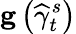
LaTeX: \mathbf{g}\left(\widehat{\gamma}_{t}^{s}\right)